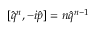
[ \hat { q } ^ { n } , - i \hat { p } ] = n \hat { q } ^ { n - 1 }